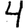
Digit: 4